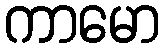
ကာမော